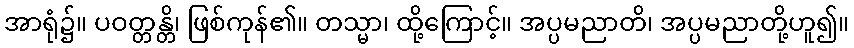
အာရုံ၌။ ပဝတ္တန္တိ၊ ဖြစ်ကုန်၏။ တသ္မာ၊ ထို့ကြောင့်။ အပ္ပမညာတိ၊ အပ္ပမညာတို့ဟူ၍။